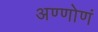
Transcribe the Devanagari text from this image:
अण्णोणं